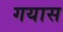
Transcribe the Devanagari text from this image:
गयास